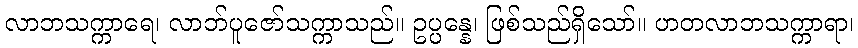
လာဘသက္ကာရေ၊ လာဘ်ပူဇော်သက္ကာသည်။ ဥပ္ပန္နေ၊ ဖြစ်သည်ရှိသော်။ ဟတလာဘသက္ကာရာ၊